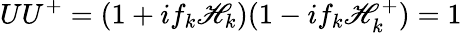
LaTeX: UU^{+}=(1+if_{k}\mathscr{H}_{k})(1-if_{k}\mathscr{H}_{k}^{+})=1